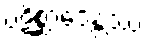
ပဋိစ္ဆာဒေန္တဿ